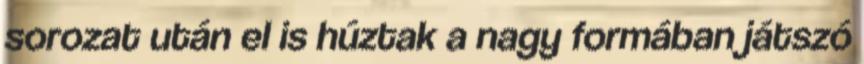
sorozat után el is húztak a nagy formában játszó